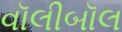
વૉલીબૉલ